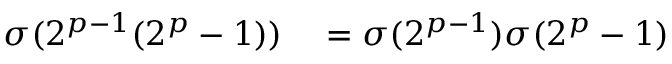
\begin{array} { r l } { \sigma ( 2 ^ { p - 1 } ( 2 ^ { p } - 1 ) ) } & { { } = \sigma ( 2 ^ { p - 1 } ) \sigma ( 2 ^ { p } - 1 ) } \end{array}